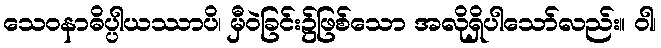
သေဝနာဓိပ္ပါယဿာပိ၊ မှီဝဲခြင်း၌ဖြစ်သော အလိုရှိပါသော်လည်း။ ဝါ၊